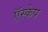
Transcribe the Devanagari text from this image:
ऍस्केप